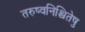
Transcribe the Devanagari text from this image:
तरुष्वनिश्चितेषु